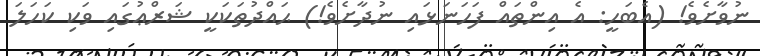
ނުވާށެވެ! (އެބަހީ: އެ އިންތައް ފަހަނަޅައި ނުދާށެވެ!) ޙައްދުތަކަކީ ޝަރްޢުގައި ވަކި ކަހަލަ